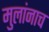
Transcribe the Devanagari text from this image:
मुलांनाच